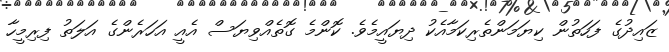
ޒައިދުގެ ފަހަތުން ކިޔަމަންތެރިކަމާއެކު ދިޔައީމެވެ. ކޮންމެ ގޮތެއްވިޔަސް އެއީ އަހަރެންގެ އަލަތު ފިރިމީހާ